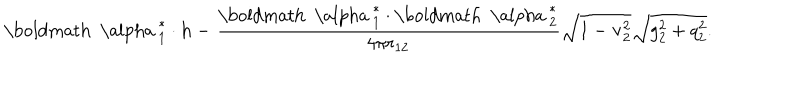
{ \mathrm { \boldmath ~ \ a l p h a ~ } } _ { 1 } ^ { * } \cdot { \bf h } - \frac { { \mathrm { \boldmath ~ \ a l p h a ~ } } _ { 1 } ^ { * } \cdot { \mathrm { \boldmath ~ \ a l p h a ~ } } _ { 2 } ^ { * } } { 4 \pi r _ { 1 2 } } \sqrt { 1 - { \bf v } _ { 2 } ^ { 2 } } \sqrt { g _ { 2 } ^ { 2 } + q _ { 2 } ^ { 2 } } .